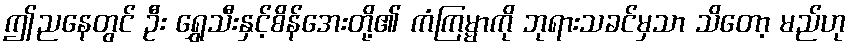
ဤညနေတွင် ဦး ရွှေသီးနှင့်စိန်အေးတို့၏ ကံကြမ္မာကို ဘုရားသခင်မှသာ သိတော့ မည်ဟု